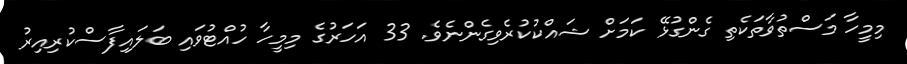
މިމީހާ މަސްތުވާތަކެތި ގެންގުޅޭ ކަމަށް ޝައްކުކުރެވިގެންނެވެ. 33 އަހަރުގެ މިމީހާ ހުއްޓުވައި ބަލައިފާސްކުރިއިރު